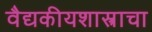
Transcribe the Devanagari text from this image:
वैद्यकीयशास्त्राचा